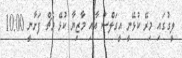
ލީގުގައި މިރޭ ކުޅޭނީ އީގަލްސް އާއި މާޒިޔާ ކުޅޭ މެޗް ފަށާނީ 10:00